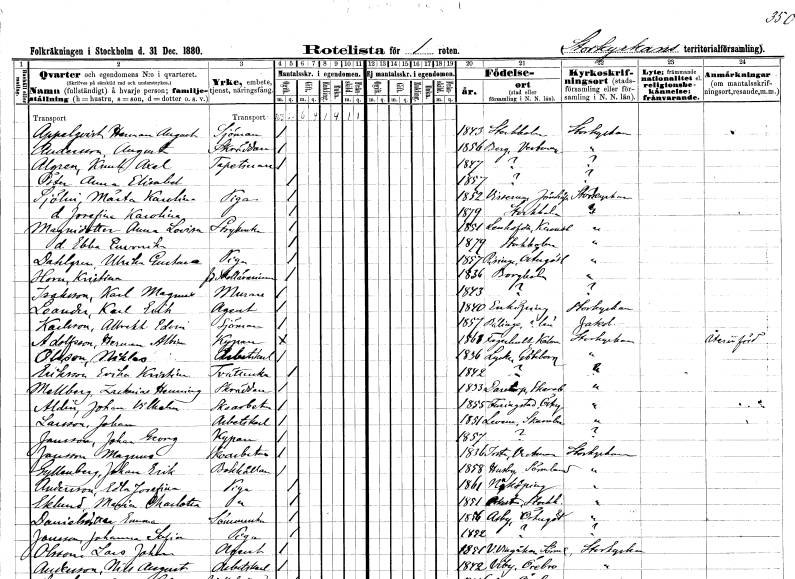
gt_parse: households: individuals: FN: Herman August
EN: Appelqvist
YRKE: Sjöman
KON: M
CIV: O
FODAR: 1843
FODFORS: Stockholm
FN: August
EN: Andersson
YRKE: Skräddare
KON: M
CIV: O
FODAR: 1856
FODFORS: Berg Västmanlands län
FN: Knut Axel
EN: Algren
YRKE: Tapetserare
KON: M
CIV: O
FODAR: 1847
FN: Anna Elisabet
EN: Öster
KON: K
CIV: O
FODAR: 1857
FN: Märta Karolina
EN: Sjölin
YRKE: Piga
KON: K
CIV: O
FODAR: 1852
FODFORS: Virserum Kalmar län
FN: Josefina Karolina
KON: K
CIV: O
FODAR: 1879
FODFORS: Stockholm
FN: Anna Lovisa
EN: Magnidotter
YRKE: Strykerska
KON: K
CIV: O
FODAR: 1851
FODFORS: Lenhovda Kronobergs län
FN: Ebba Emerentia
KON: K
CIV: O
FODAR: 1879
FODFORS: Stockholm
FN: Ulrika Gustava
EN: Dahlgren
YRKE: Piga
KON: K
CIV: O
FODAR: 1857
FODFORS: Risinge Östergötlands län
FN: Kristina
EN: Horn
YRKE: Skollärarinna f.d.
KON: K
CIV: O
FODAR: 1836
FODFORS: Borgholm Kalmar län
FN: Karl Magnus
EN: Isaksson
YRKE: Murare
KON: M
CIV: O
FODAR: 1843
FN: Karl Erik
EN: Loander
YRKE: Agent
KON: M
CIV: O
FODAR: 1840
FODFORS: Enköping Uppsala län
FN: Albrekt Edvin
EN: Karlsson
YRKE: Sjöman
KON: M
CIV: O
FODAR: 1857
FODFORS: Bälinge Uppsala län
FN: Herman Albin
EN: Adolfsson
YRKE: Kypare
KON: M
CIV: O
FODAR: 1868
FODFORS: Fagerhult Kalmar län
FN: Niklas
EN: Olsson
YRKE: Arbetskarl
KON: M
CIV: O
FODAR: 1836
FODFORS: Lycke Göteborgs- och Bohuslän
FN: Erika Kristina
EN: Eriksson
YRKE: Tvätterska
KON: K
CIV: O
FODAR: 1842
FN: Zackarias Henning
EN: Mellberg
YRKE: Skräddare
KON: M
CIV: O
FODAR: 1833
FODFORS: Daretorp Skaraborgs län
FN: Johan Vilhelm
EN: Aldin
YRKE: Skoarbetare
KON: M
CIV: O
FODAR: 1855
FODFORS: Furingstad Östergötlands län
FN: Johan
EN: Larsson
YRKE: Arbetskarl
KON: M
CIV: O
FODAR: 1851
FODFORS: Levene Skaraborgs län
FN: Johan Georg
EN: Jansson
YRKE: Kypare
KON: M
CIV: O
FODAR: 1857
FN: Magnus
EN: Jansson
YRKE: Skoarbetare
KON: M
CIV: O
FODAR: 1836
FODFORS: Irsta Västmanlands län
FN: Johan Erik
EN: Gullanberg
YRKE: Bokhållare
KON: M
CIV: O
FODAR: 1858
FODFORS: Husby Södermanlands län
FN: Edla Josefina
EN: Andersson
YRKE: Piga
KON: K
CIV: O
FODAR: 1861
FODFORS: Norrköping Östergötlands län
FN: Maria Charlotta
EN: Eklund
YRKE: Piga
KON: K
CIV: O
FODAR: 1851
FODFORS: Orkesta Stockholms län
FN: Emma
EN: Danielsdotter
YRKE: Sömmerska
KON: K
CIV: O
FODAR: 1856
FODFORS: Asby Östergötlands län